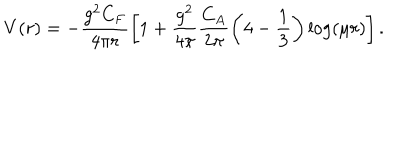
{ V ( r ) = - \frac { g ^ { 2 } C _ { F } } { 4 \pi r } \left[ 1 + \frac { g ^ { 2 } } { 4 \pi } \frac { C _ { A } } { 2 \pi } \left( { 4 } - \frac 1 3 \right) \log ( \mu r ) \right] } \, .